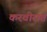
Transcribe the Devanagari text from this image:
करवीरात